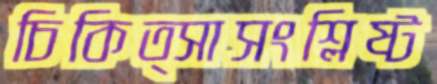
চিকিত্সাসংশ্লিষ্ট